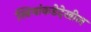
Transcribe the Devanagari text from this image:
स्त्रियांकडेदेखील